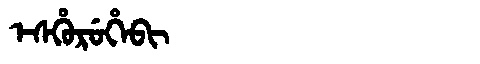
Manchu: ᡝᠰᡥᡠᡵᡠᡥᡝᠪᡳ
Romanization: ESHURUHEBI